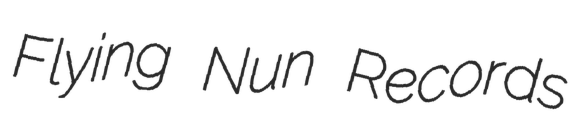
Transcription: Flying Nun Records